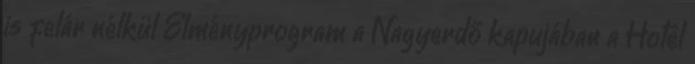
is felár nélkül Élményprogram a Nagyerdő kapujában a Hotel